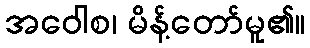
အဝေါစ၊ မိန့်တော်မူ၏။